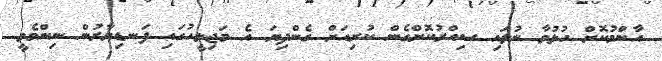
އާންމުކޮށް ހުޅުވާ ނުލައި ސިއްރުކޮށްގެން ކުރިއަށް ގެންދިޔަ އެ މަޖިލީހުގައި ފަނޑިޔާރުން ނިންމެވީ